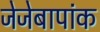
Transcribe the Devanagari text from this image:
जेजेबापांक